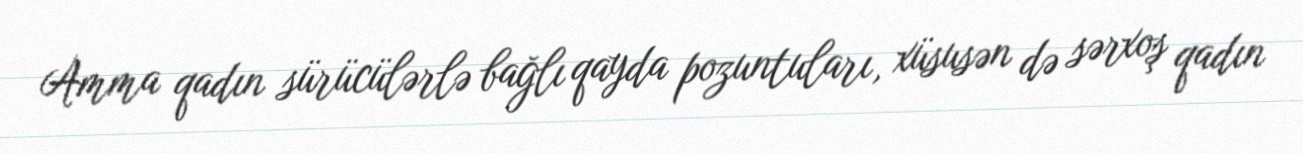
Amma qadın sürücülərlə bağlı qayda pozuntuları, xüsusən də sərxoş qadın